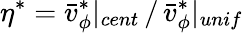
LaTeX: \eta^{*}=\bar{v}_{\phi}^{*}|_{cent}\, /\, \bar{v}_{\phi}^{*}|_{unif}